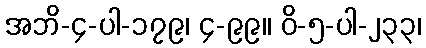
အဘိ-၄-ပါ-၁၇၉၊ ၄-၉၉။ ဝိ-၅-ပါ-၂၃၃၊